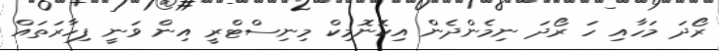
ރޯދަ މަހާއި ހަ ރޯދަ ނިމެންދެން އިކޮނޮމިކް މިނިސްޓްރީ އިން ވަނީ ފިހާރަތައް